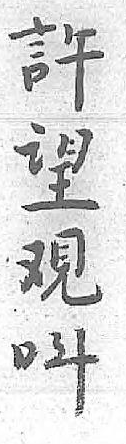
許呌望 覌